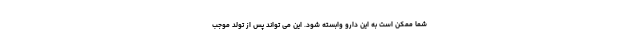
شما ممکن است به این دارو وابسته شود. این می تواند پس از تولد موجب